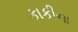
કાકીના